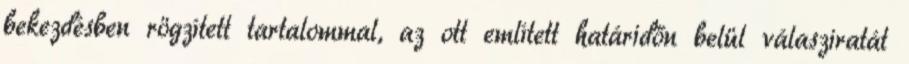
bekezdésben rögzített tartalommal, az ott említett határidőn belül válasziratát